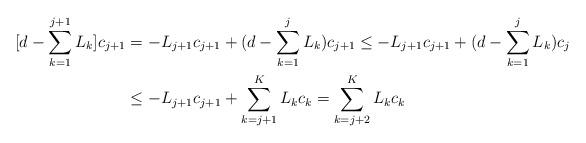
LaTeX: \begin{align*}[d-\sum_{k=1}^{j+1}L_{k}]c_{j+1}&=-L_{j+1}c_{j+1}+(d-\sum_{k=1}^{j}L_{k})c_{j+1}\leq-L_{j+1}c_{j+1}+(d-\sum_{k=1}^{j}L_{k})c_{j}\\&\leq-L_{j+1}c_{j+1}+\sum_{k=j+1}^K L_{k} c_k=\sum_{k=j+2}^K L_{k} c_k\end{align*}